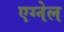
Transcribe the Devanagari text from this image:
एग्नेल